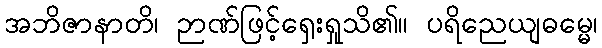
အဘိဇာနာတိ၊ ဉာဏ်ဖြင့်ရှေးရှုသိ၏။ ပရိညေယျဓမ္မေ၊